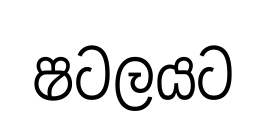
ෂටලයට